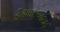
ડીઆરઆઇઇ